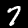
Digit: 7